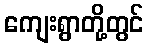
ကျေးရွာတို့တွင်